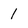
Character: 1